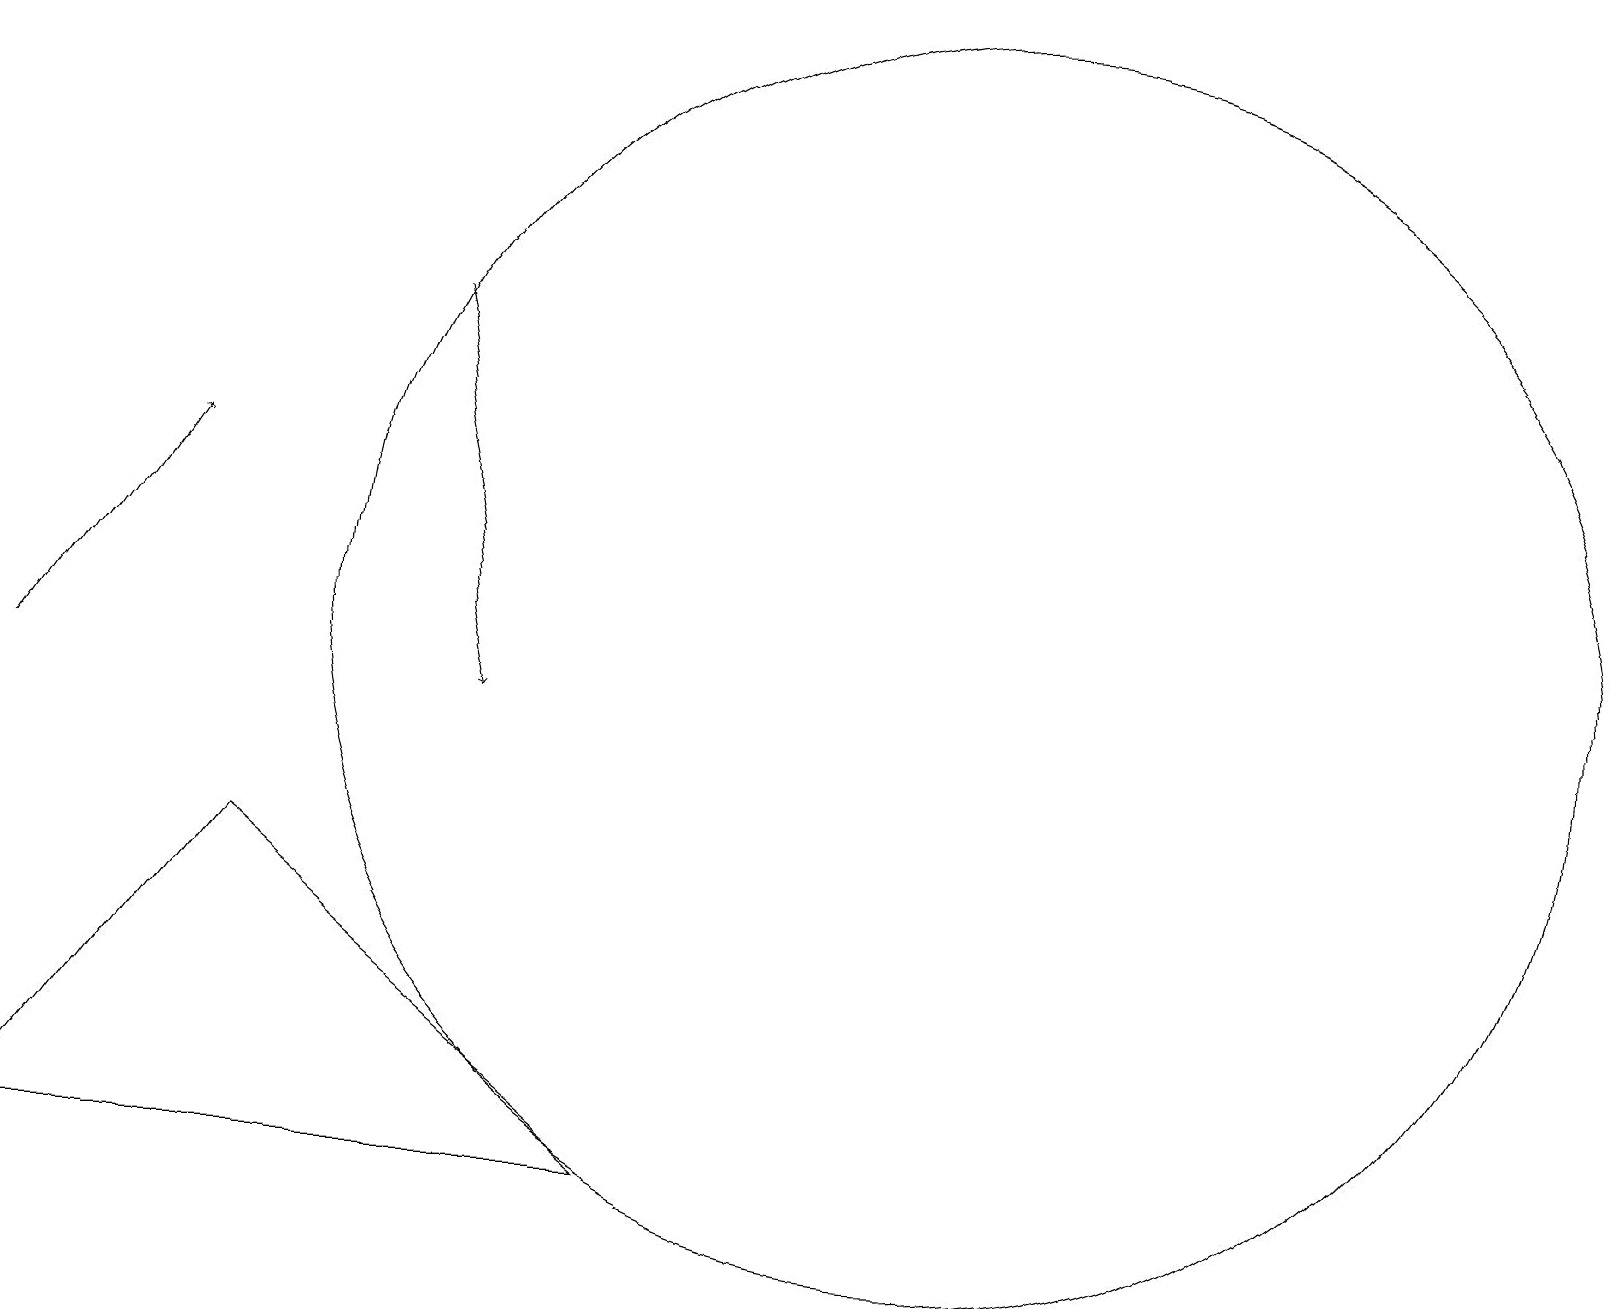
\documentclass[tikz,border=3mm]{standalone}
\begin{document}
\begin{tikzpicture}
\draw (3,8) -- (8,4) -- (0,4) -- cycle;
\draw[->] (0,10) -- (2,13);
\draw[->] (5,15) -- (6,10);
\draw (12,11) circle (8);
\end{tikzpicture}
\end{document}